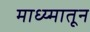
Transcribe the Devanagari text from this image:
माध्य्मातून